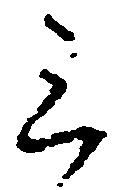
三